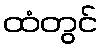
ထံတွင်